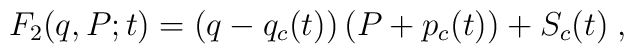
F_2(q,P;t)=\left( q-q_c(t)\right) \left( P+p_c(t)\right)+S_c(t)\;,